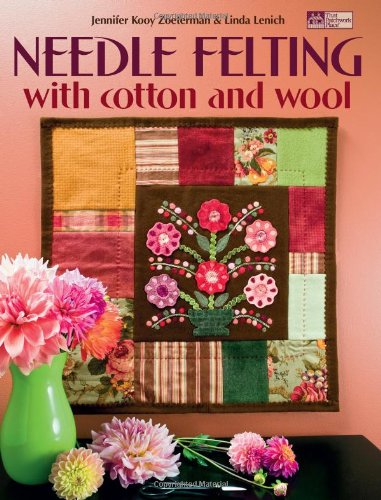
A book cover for Needle Felting with Cotton And Wool (That Patchwork Place); Jennifer Kooy Zoeterman; Crafts, Hobbies & Home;